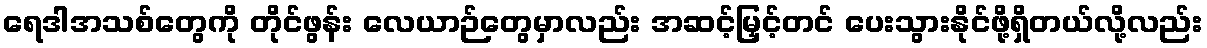
ရေဒါအသစ်တွေကို တိုင်ဖွန်း လေယာဉ်တွေမှာလည်း အဆင့်မြှင့်တင် ပေးသွားနိုင်ဖို့ရှိတယ်လို့လည်း